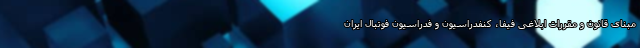
مبنای قانون و مقررات ابلاغی فیفا، کنفدراسیون و فدراسیون فوتبال ایران